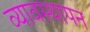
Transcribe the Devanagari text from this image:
व्यावस्थापन